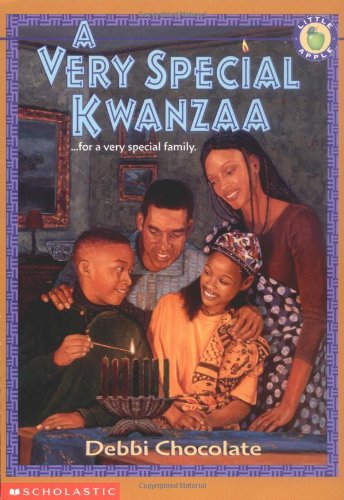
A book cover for A Very Special Kwanzaa; Debbi Chocolate; Children's Books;